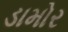
ડામોર